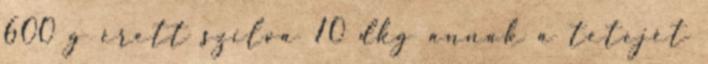
600 g érett szilva 10 dkg annak a tetejét